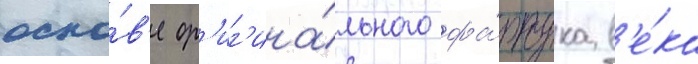
осно́в'е ор'иг'ина́льного фа́ртука в'е́ка